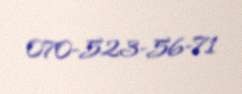
070-523-56-71